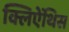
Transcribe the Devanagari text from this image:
क्लिऐंथिस